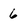
Character: 6